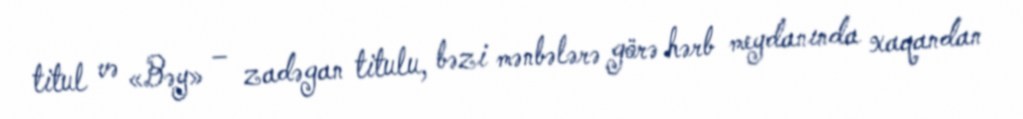
titul və «Bəy» – zadəgan titulu, bəzi mənbələrə görə hərb meydanında xaqandan